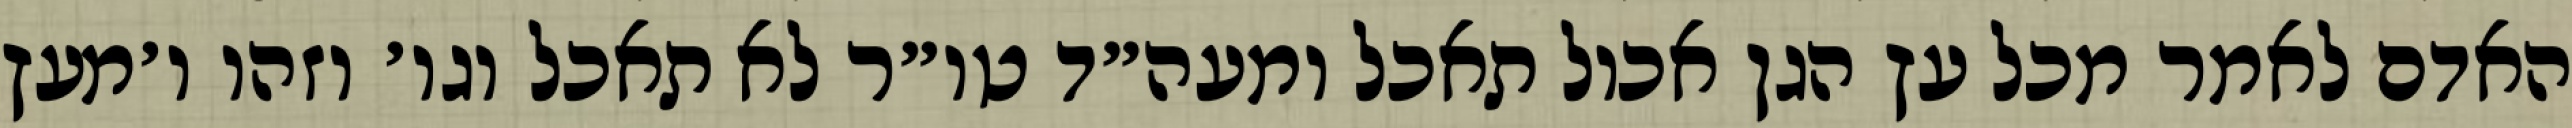
האדם לאמר מכל עץ הגן אכול תאכל ומעה״ד טו״ר לא תאכל וגו׳ וזהו ו׳מעץ